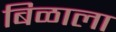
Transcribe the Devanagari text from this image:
बिळाला